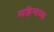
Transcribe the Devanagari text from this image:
माहिन्याच्या